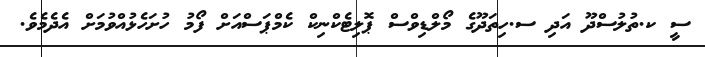
ސީ ކ.ތުލުސްދޫ އަދި ސ.ހިތަދޫގެ މޯލްޑިވްސް ޕޮލިޓެކްނިކް ކެމްޕަސްއަށް ފޯމު ހުށަހެޅުއްވުމަށް އެދެމެވެ.